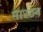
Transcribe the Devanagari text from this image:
मारटन